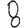
Digit: 8